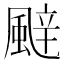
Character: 𮨬